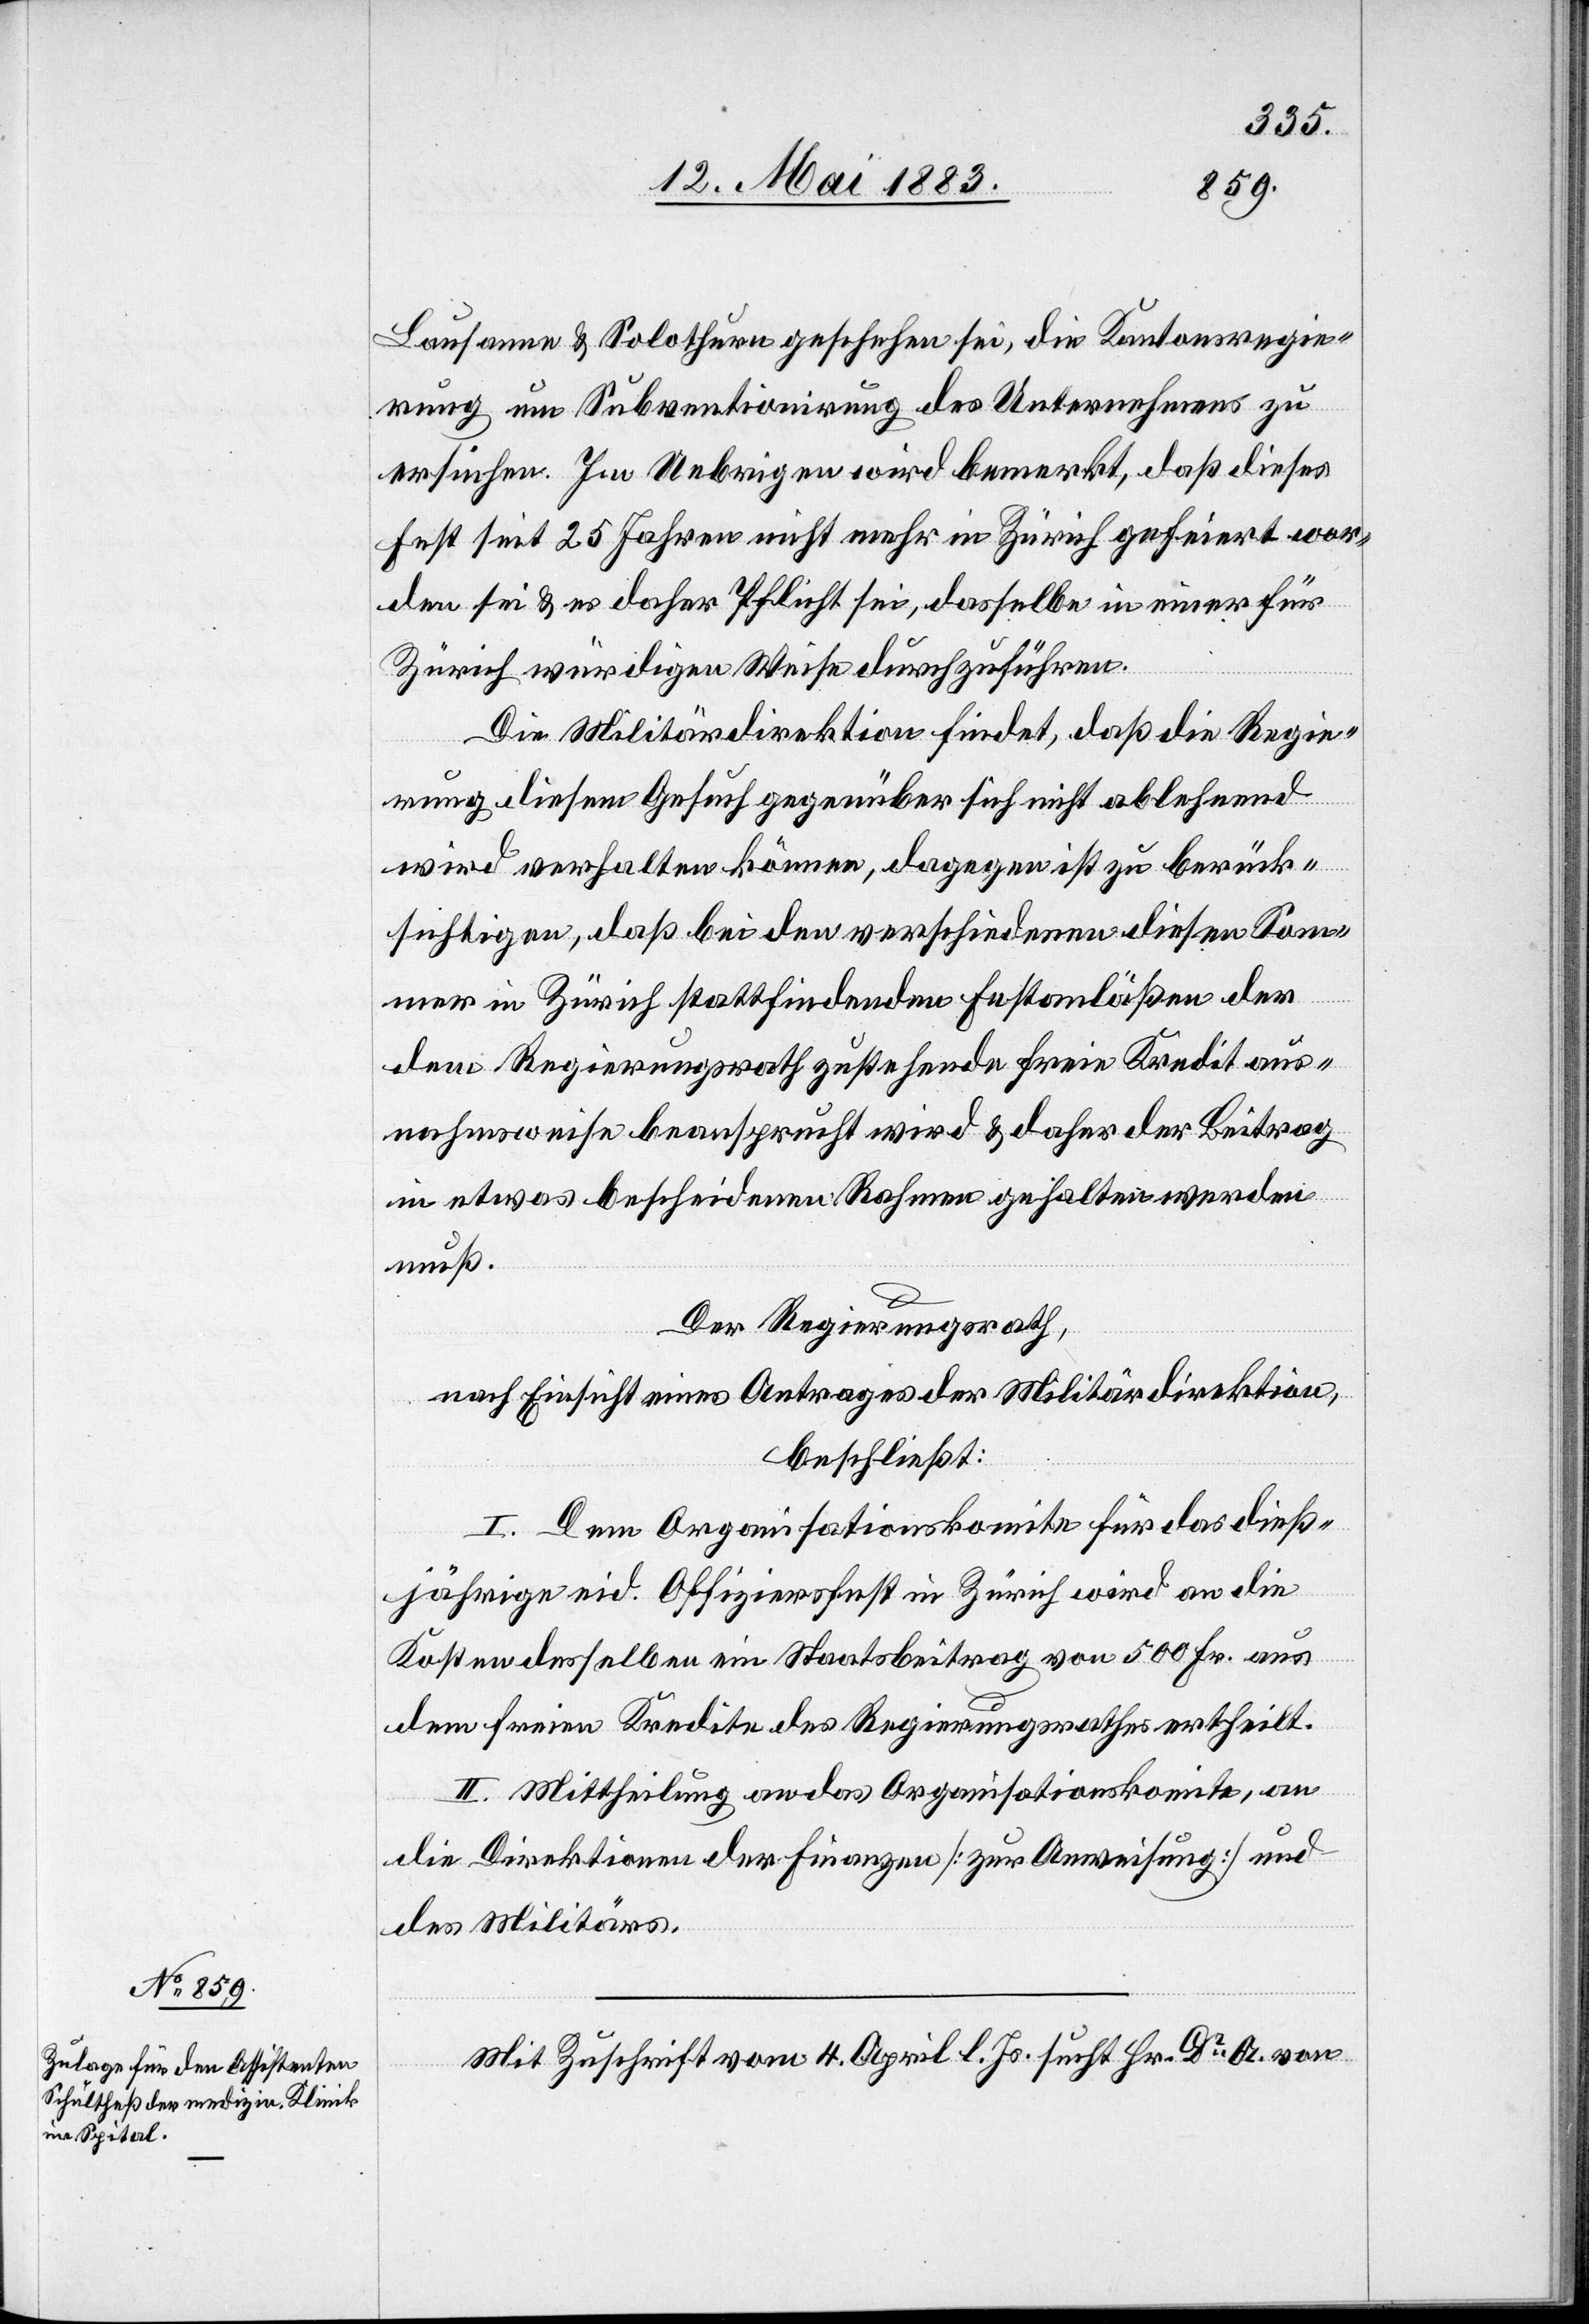
Lausanne & Solothurn geschehen sei, die Kantonsregie¬
rung um Subventionirung des Unternehmens zu
ersuchen. Im Uebrigen wird bemerkt, daß dieses
Fest sei 25 Jahren nicht mehr in Zürich gefeiert wor¬
den sei & es daher Pflicht sei, dasselbe in einer für
Zürich würdigen Weise durchzuführen.
Die Militärdirektion findet, daß die Regie¬
rung diesem Gesuch gegenüber sich nicht ablehnend
wird verhalten können, dagegen ist zu berück¬
sichtigen, daß bei den verschiedenen diesen Som¬
mer in Zürich stattfindenden Festanläßen der
dem Regierungsrath zustehende freie Kredit aus¬
nahmsweise beansprucht wird & daher der Beitrag
in etwas bescheidenem Rahmen gehalten werden
muß.
Der Regierungsrath,
nach Einsicht eines Antrages der Militärdirektion,
beschließt:
I. Dem Organisationskomite für das dieß¬
jährige eid. Offiziersfest in Zürich wird an die
Kosten desselben ein Staatsbeitrag von 500 Fr. aus
dem freien Kredite des Regierungsrathes ertheilt.
II. Mittheilung an das Organisationskomite, an
die Direktion der Finanzen [zur Anweisung] und
des Militärs.
Mit Zuschrift vom 4. April l. Js. sucht Hr. Dr A. von
unt¬